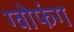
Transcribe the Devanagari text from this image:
ग्वोफंग